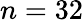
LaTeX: n=32